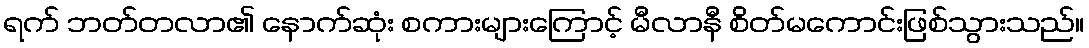
ရက် ဘတ်တလာ၏ နောက်ဆုံး စကားများကြောင့် မီလာနီ စိတ်မကောင်းဖြစ်သွားသည်။